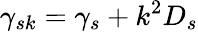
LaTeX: \gamma_{sk}=\gamma_{s}+k^{2}D_{s}